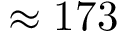
\approx 1 7 3